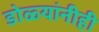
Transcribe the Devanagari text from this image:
डोळ्यांनीही